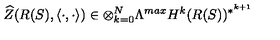
\widehat { Z } ( R ( S ) , \langle \cdot , \cdot \rangle ) \in \otimes _ { k = 0 } ^ { N } \Lambda ^ { m a x } H ^ { k } ( R ( S ) ) ^ { * ^ { k + 1 } }